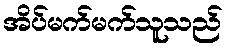
အိပ်မက်မက်သူသည်